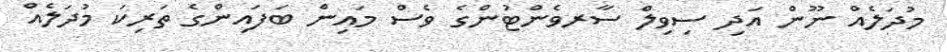
މުދަލެއް ނޫން އަދި ސިވިލް ސާރވެންޓުންގެ ވެސް މައިން ބަފައިންގެ ތަރިކަ މުދަލެއް